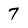
Character: 7